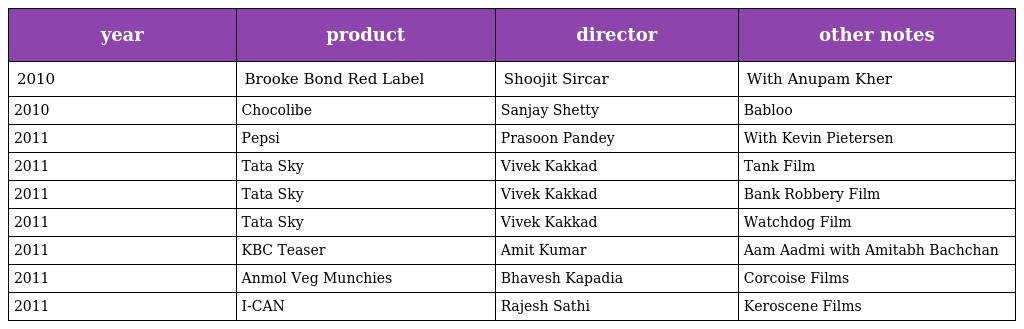
| year | product | director | other notes |
 | --- | --- | --- | --- |
 | 2010 | Brooke Bond Red Label | Shoojit Sircar | With Anupam Kher |
 | 2010 | Chocolibe | Sanjay Shetty | Babloo |
 | 2011 | Pepsi | Prasoon Pandey | With Kevin Pietersen |
 | 2011 | Tata Sky | Vivek Kakkad | Tank Film |
 | 2011 | Tata Sky | Vivek Kakkad | Bank Robbery Film |
 | 2011 | Tata Sky | Vivek Kakkad | Watchdog Film |
 | 2011 | KBC Teaser | Amit Kumar | Aam Aadmi with Amitabh Bachchan |
 | 2011 | Anmol Veg Munchies | Bhavesh Kapadia | Corcoise Films |
 | 2011 | I-CAN | Rajesh Sathi | Keroscene Films |